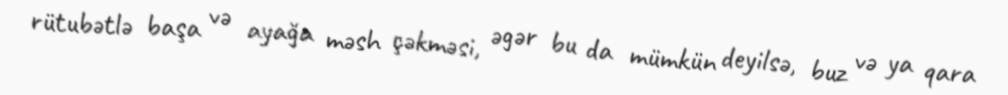
rütubətlə başa və ayağa məsh çəkməsi, əgər bu da mümkün deyilsə, buz və ya qara